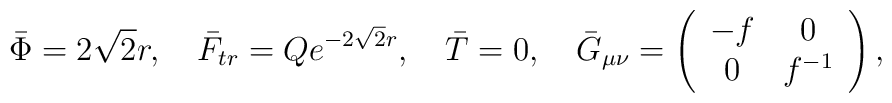
\bar \Phi = 2 \sqrt 2 r,~~~ \bar F_{tr} = Q e^{-2 \sqrt 2 r},~~~ \bar T = 0,{}~~~ \bar G_{\mu\nu} = \left(  \begin{array}{cc} - f & 0  \\                             0 & f^{-1}   \end{array}   \right),